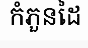
កំភួនដៃ